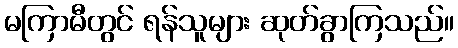
မကြာမီတွင် ရန်သူများ ဆုတ်ခွာကြသည်။